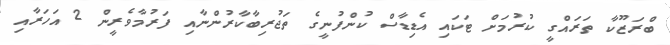
ބްރަޒޫކާ ތަރައްގީ ކުރުމަށް ޓަކައި އެޑިޑާސް ކުންފުނީގެ ތަޖުރިބާކާރުންނާއި ފަރުމާވެރީން 2 އަހަރާއި